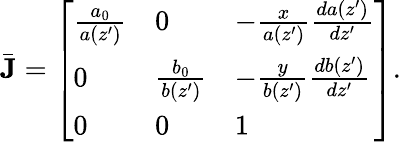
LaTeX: \bar{\mathbf{J}}=\left[\begin{array}{lll}{\frac{a_{0}}{a(z^{\prime})}}&{0}&{-\frac{x}{a(z^{\prime})}\frac{da(z^{\prime})}{dz^{\prime}}}\\ {0}&{\frac{b_{0}}{b(z^{\prime})}}&{-\frac{y}{b(z^{\prime})}\frac{db(z^{\prime})}{dz^{\prime}}}\\ {0}&{0}&{1}\end{array}\right].